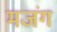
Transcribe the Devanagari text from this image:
मजंग